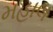
મહાલ